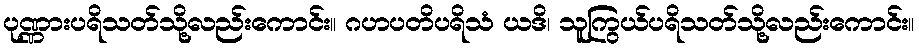
ပုဏ္ဏားပရိသတ်သို့လည်းကောင်း။ ဂဟပတိပရိသံ ယဒိ၊ သူကြွယ်ပရိသတ်သို့လည်းကောင်း။